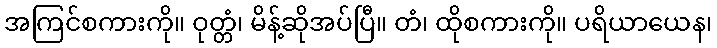
အကြင်စကားကို။ ဝုတ္တံ၊ မိန့်ဆိုအပ်ပြီ။ တံ၊ ထိုစကားကို။ ပရိယာယေန၊